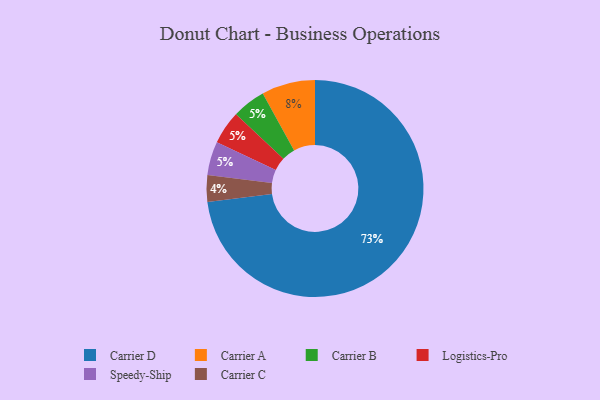
{"axis": {"x": "Category", "y": "Percentage"}, "legend": ["Carrier A", "Carrier B", "Carrier C", "Carrier D", "Logistics-Pro", "Speedy-Ship"], "data": [{"x": "Carrier B", "y": 5, "type": "Carrier B"}, {"x": "Logistics-Pro", "y": 5, "type": "Logistics-Pro"}, {"x": "Carrier C", "y": 4, "type": "Carrier C"}, {"x": "Carrier D", "y": 73, "type": "Carrier D"}, {"x": "Carrier A", "y": 8, "type": "Carrier A"}, {"x": "Speedy-Ship", "y": 5, "type": "Speedy-Ship"}]}